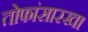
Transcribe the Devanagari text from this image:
तोफांसारखा